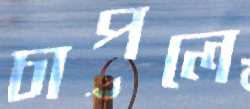
চাপলে